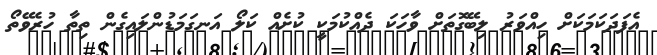
އެފަދަކަމަކަށް ހިއްވަރު ލިބޭގޮތަށް ވާހަކަ ދެއްކުމަކީ ކުށެއް ކަލޯ އަނގަމަޑުންލައިގެން ތިތާ ހުރެވޭތޯ